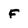
Character: F